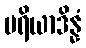
ပရိယာဒိန္နံ